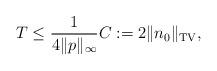
LaTeX: \begin{align*}T \leq \frac{1}{4 \|p\|_\infty} C := 2 \|n_0\|_{\mathrm{TV}},\end{align*}